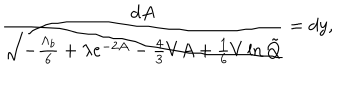
LaTeX: \frac { d A } { \sqrt { - \frac { \Lambda _ { b } } { 6 } + \lambda e ^ { - 2 A } - \frac 4 3 V A + \frac 1 6 V \ln \tilde { Q } } } = d y ,